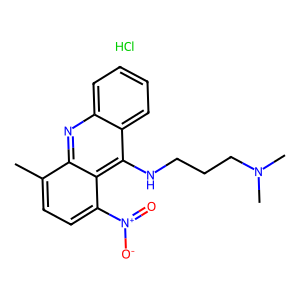
SMILES: Cc1ccc([N+](=O)[O-])c2c(NCCCN(C)C)c3ccccc3nc12.Cl
Inhibits HIV replication: No